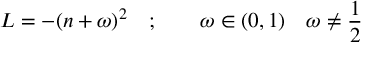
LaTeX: L = - ( n + \omega ) ^ { 2 } \quad ; \qquad \omega \in ( 0 , 1 ) \quad \omega \neq \frac { 1 } { 2 }